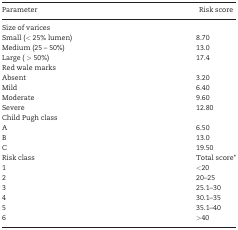
<table><thead><tr><td><b>Parameter</b></td><td><b>Risk score</b></td></tr></thead><tbody><tr><td>Size of varices</td><td></td></tr><tr><td>Small (&lt; 25% lumen)</td><td>8.70</td></tr><tr><td>Medium (25 – 50%)</td><td>13.0</td></tr><tr><td>Large ( &gt; 50%)</td><td>17.4</td></tr><tr><td>Red wale marks</td><td></td></tr><tr><td>Absent</td><td>3.20</td></tr><tr><td>Mild</td><td>6.40</td></tr><tr><td>Moderate</td><td>9.60</td></tr><tr><td>Severe</td><td>12.80</td></tr><tr><td>Child Pugh class</td><td></td></tr><tr><td>A</td><td>6.50</td></tr><tr><td>B</td><td>13.0</td></tr><tr><td>C</td><td>19.50</td></tr><tr><td>Risk class</td><td>Total score<i>*</i></td></tr><tr><td>1</td><td>&lt;20</td></tr><tr><td>2</td><td>20–25</td></tr><tr><td>3</td><td>25.1–30</td></tr><tr><td>4</td><td>30.1–35</td></tr><tr><td>5</td><td>35.1–40</td></tr><tr><td>6</td><td>&gt;40</td></tr></tbody></table>